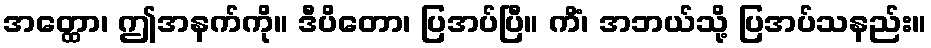
အတ္ထော၊ ဤအနက်ကို။ ဒီပိတော၊ ပြအပ်ပြီ။ ကိံ၊ အဘယ်သို့ ပြအပ်သနည်း။